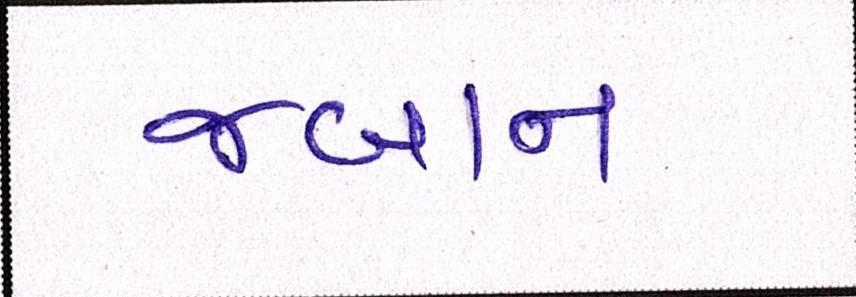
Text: જબાન